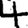
Digit: 4